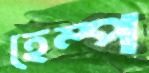
হেম্প